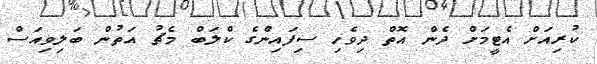
ކުރިއަށް އެޓީމަށް ދެން އޮތް ދިވެހި ސިފައިންގެ ކްލަބް މެޗު އަތުން ބަލިވިއަސް